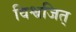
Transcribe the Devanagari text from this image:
विश्वजित्‌